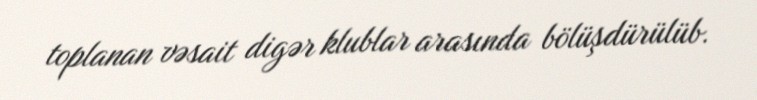
toplanan vəsait digər klublar arasında bölüşdürülüb.